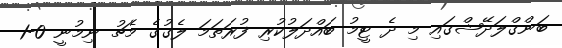
ބަންގްލަދޭޝްގައި މި ދެ ޓީމު ބައްދަލުކުރި ފުރަތަމަ ލެގުގެ މެޗު ނިމުނީ 0-1